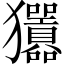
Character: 𤣣